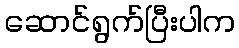
ဆောင်ရွက်ပြီးပါက